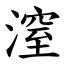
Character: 潌